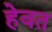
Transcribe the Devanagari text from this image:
हेवत